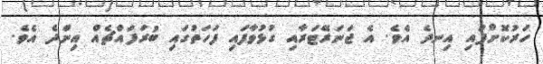
ހަރުކޮށްފައި އިނދެ އެވެ. އެ ޖަނަރޭޓަރާއި ގުޅުވާފައި ފަހަތުގައި ބުރަފައްޗެއް އިންދެ އެވެ.